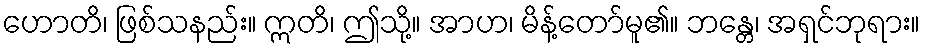
ဟောတိ၊ ဖြစ်သနည်း။ ဣတိ၊ ဤသို့။ အာဟ၊ မိန့်တော်မူ၏။ ဘန္တေ၊ အရှင်ဘုရား။